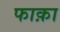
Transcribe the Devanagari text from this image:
फाक़ा